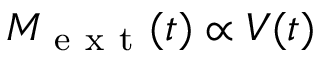
M _ { \mathrm { ~ e ~ x ~ t ~ } } ( t ) \propto V ( t )